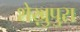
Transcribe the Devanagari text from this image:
शेख़ुपुरा